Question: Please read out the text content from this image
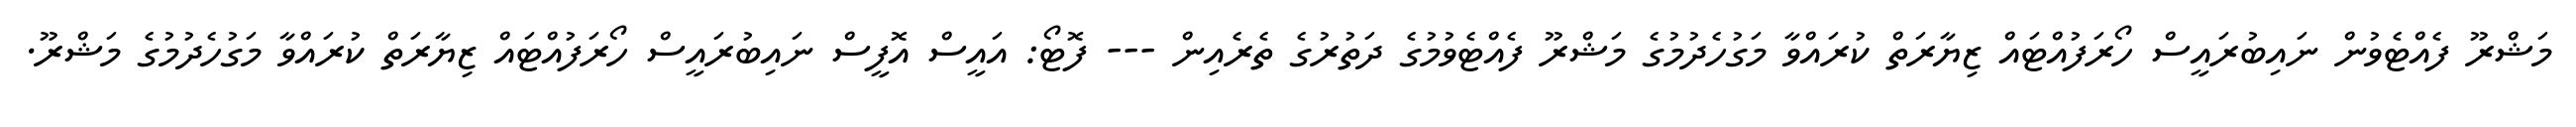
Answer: މަޝްރޫ ފެއްޓެވުން ނައިބުރައީސް ހޯރަފުއްޓައް ޒިޔާރަތް ކުރައްވާ މަގުހެދުމުގެ މަޝްރޫ ފެއްޓެވުމުގެ ދަތުރުގެ ތެރެއިން --- ފޮޓޯ: އައީސް އޮފީސް ނައިބުރައީސް ހޯރަފުއްޓައް ޒިޔާރަތް ކުރައްވާ މަގުހެދުމުގެ މަޝްރޫ.